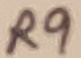
Text: R9